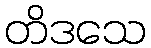
တိဒသေ